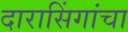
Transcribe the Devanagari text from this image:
दारासिंगांचा